Scientific memoirs by medical officers of the Army of India - Part XII,
Year: 1901
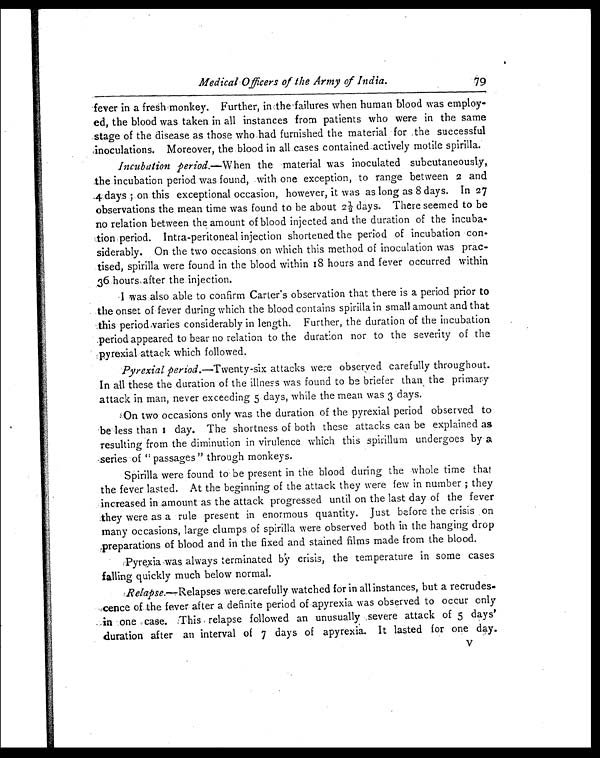
Medical Officers of the Army of India.
79
fever in a fresh monkey. Further, in the failures when human blood was employ
ed, the blood was taken in all instances from patients who were in the same
stage of the disease as those who had furnished the material for the successful
inoculations. Moreover, the blood in all cases contained actively motile spirilla.
Incubation period.— When the material was inoculated subcutaneously,
the incubation period was found, with one exception, to range between 2 and
4 days ; on this exceptional occasion, however, it was as long as 8 days. In 27
observations the mean time was found to be about 2½ days. There seemed to be
no relation between the amount of blood injected and the duration of the incuba-
tion period. Intra-peritoneal injection shortened the period of incubation con-
siderably. On the two occasions on which this method of inoculation was prac-
tised, spirilla were found in the blood within 18 hours and fever occurred within
36 hours after the injection.
I was also able to confirm Carter's observation that there is a period prior to
the onset of fever during which the blood contains spirilla in small amount and that
this period varies considerably in length. Further, the duration of the incubation
period appeared to bear no relation to the duration nor to the severity of the
pyrexial attack which followed.
Pyrexial period.—Twenty-six attacks were observed carefully throughout.
In all these the duration of the illness was found to be briefer than the primary
attack in man, never exceeding 5 days, while the mean was 3 days.
On two occasions only was the duration of the pyrexial period observed to
b e l e s s t h a n 1 d a y . Th e s h o r t n e s s o f b o t h t h e s e a t t a c k s c a n b e e x p l a i n e d a s
resulting from the diminution in virulence which this spirillum undergoes by a
series of " passages " through monkeys.
Spirilla were found to be present in the blood during the whole time that
the fever lasted. At the beginning of the attack they were few in number ; they
increased in amount as the attack progressed until on the last day of the fever
they were as a rule present in enormous quantity. Just before the crisis on
many occasions, large clumps of spirilla were observed both in the hanging drop
preparations of blood and in the fixed and stained films made from the blood.
Pyrexia was always terminated by crisis, the temperature in some cases
falling quickly much below normal.
Relapse.— Relapses were carefully watched for in all instances, but a recrudes-
cence of the fever after a definite period of apyrexia was observed to occur only
in one case. This relapse followed an unusually severe attack of 5 days'
duration after an interval of 7 days of apyrexia. It lasted for one day.
V